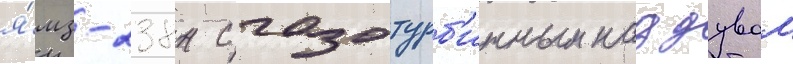
я́мз-238н с газотурб'инным наддувом